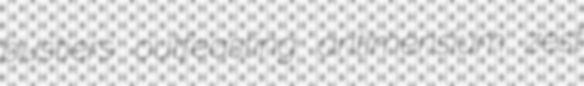
bustiers outfeasting antimensium zest